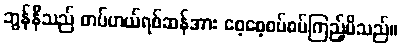
ဘွန်နီသည် တပ်ဟယ်ရစ်ဆန်အား စေ့စေ့စပ်စပ်ကြည့်မိသည်။